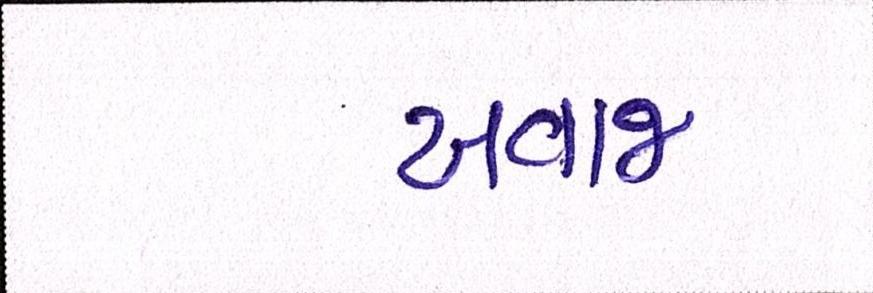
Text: અવાજ